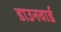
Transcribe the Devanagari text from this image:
डाउनवार्ड